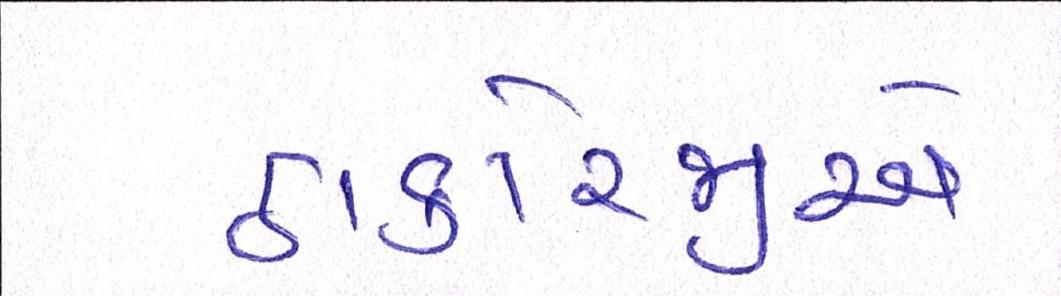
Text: ઠાકોરજીને